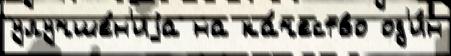
улучше́н'иjа на ка́чество од'и́н